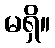
မရှိ။